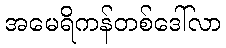
အမေရိကန်တစ်ဒေါ်လာ